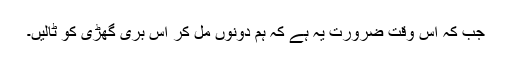
جب کہ اس وقت ضرورت یہ ہے کہ ہم دونوں مل کر اس بری گھڑی کو ٹالیں۔